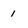
Character: 1